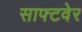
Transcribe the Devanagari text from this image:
साफ्टवेर